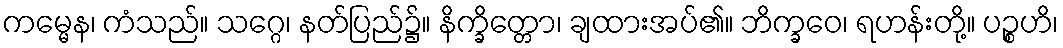
ကမ္မေန၊ ကံသည်။ သဂ္ဂေ၊ နတ်ပြည်၌။ နိက္ခိတ္တော၊ ချထားအပ်၏။ ဘိက္ခဝေ၊ ရဟန်းတို့။ ပဉ္စဟိ၊